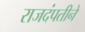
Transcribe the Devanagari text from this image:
राजदंपतीने